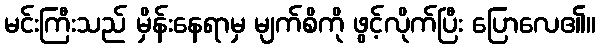
မင်းကြီးသည် မှိန်းနေရာမှ မျက်စိကို ဖွင့်လိုက်ပြီး ပြောလေ၏။